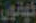
کینوں